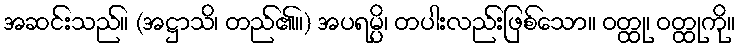
အဆင်းသည်။ (အဋ္ဌာသိ၊ တည်၏။) အပရမ္ပိ၊ တပါးလည်းဖြစ်သော။ ဝတ္ထု၊ ဝတ္ထုကို။